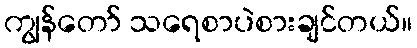
ကျွန်တော် သရေစာပဲစားချင်တယ်။